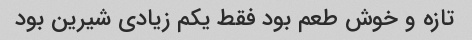
تازه و خوش طعم بود فقط یکم زیادی شیرین بود